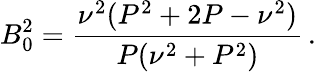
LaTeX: B_{0}^{2}=\frac{\nu^{2}(P^{2}+2P-\nu^{2})}{P(\nu^{2}+P^{2})}\, .